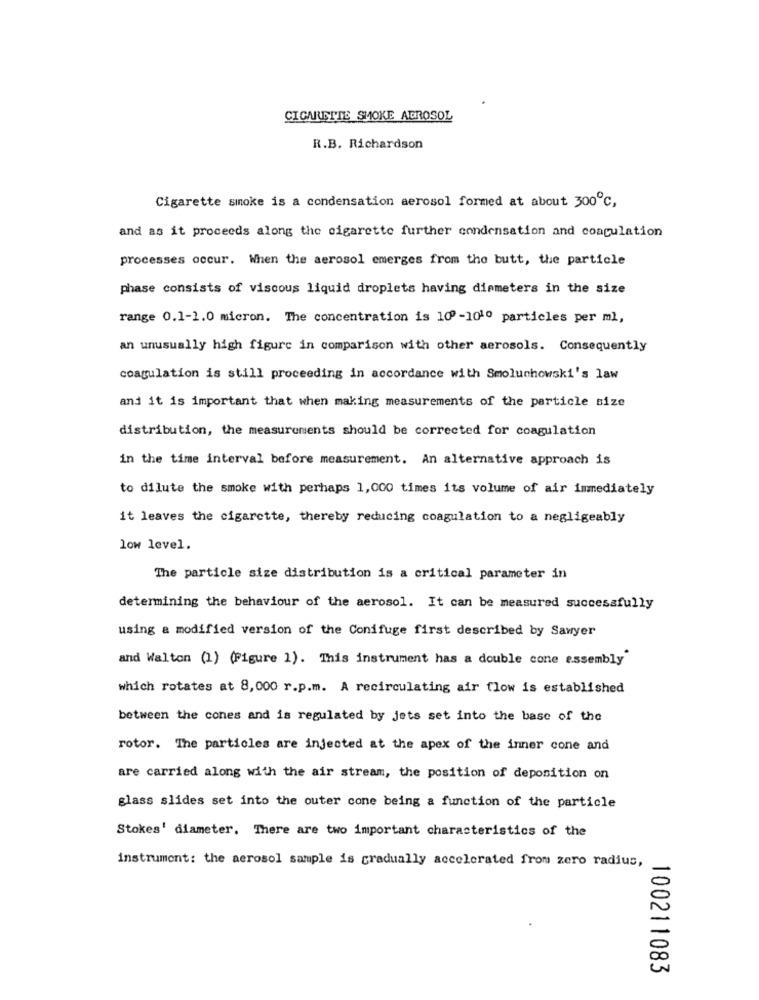
CIGARETTE SMOKE ADROSOL
R.B. Richardson
Cigarette smoke is a condensation aerosol formed at about 300℃,
and as it proceeds along the cigarette further condensation and coagulation
processes occur. When the aerosol emerges from the butt, the particle
phase consists of viscous liquid droplets having diameters in the size
range 0.1-1.0 micron. The concentration is 100-101º particles per ml,
an unusually high figure in comparison with other aerosols. Consequently
coagulation is still proceeding in accordance with Smoluchowski's law
and it is important that when making measurements of the particle size
distribution, the measurements should be corrected for coagulation
in the time interval before measurement. An alternative approach is
to dilute the smoke with perhaps 1,000 times its volume of air immediately
it leaves the cigarette, thereby reducing coagulation to a negligeably
low level.
The particle size distribution is a critical parameter in
determining the behaviour of the aerosol. It can be measured successfully
using a modified version of the Conifuge first described by Sawyer
and Walton (1) (Figure 1). This instrument has a double cone essembly
which rotates at 8,000 r.p.m. A recirculating air flow is established
between the cones and is regulated by jets set into the base of the
rotor. The particles are injected at the apex of the inner cone and
are carried along with the air stream, the position of deposition on
glass slides set into the outer cone being a function of the particle
Stokes' diameter. There are two important characteristics of the
instrument: the aerosol sample is gradually accelerated from zero radius,
100211083